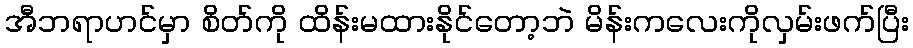
အီဘရာဟင်မှာ စိတ်ကို ထိန်းမထားနိုင်တော့ဘဲ မိန်းကလေးကိုလှမ်းဖက်ပြီး